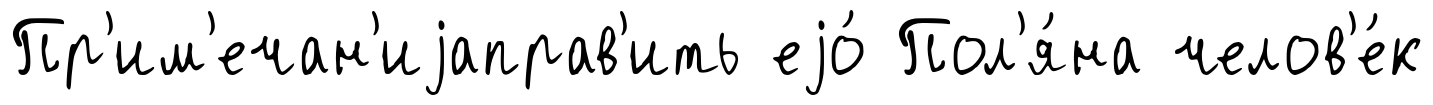
Пр'им'ечан'иjаправ'ить еjо́ Пол'я́на челов'е́к